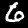
Label: 6